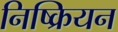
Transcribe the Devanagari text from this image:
निष्क्रियन